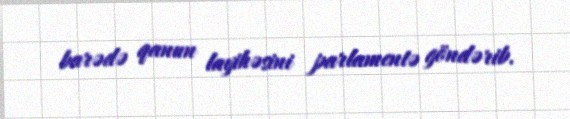
barədə qanun layihəsini parlamentə göndərib.